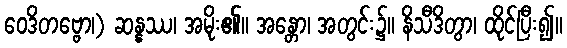
ဝေဒိတဗ္ဗော၊) ဆန္နဿ၊ အမိုး၏။ အန္တော၊ အတွင်း၌။ နိသီဒိတွာ၊ ထိုင်ပြီး၍။